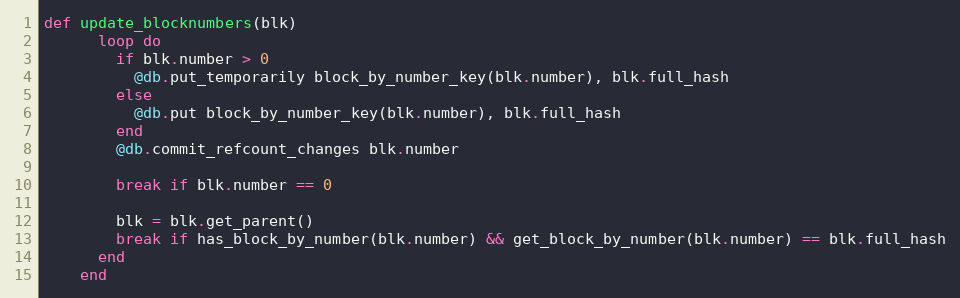
Language: Ruby
def update_blocknumbers(blk)
      loop do
        if blk.number > 0
          @db.put_temporarily block_by_number_key(blk.number), blk.full_hash
        else
          @db.put block_by_number_key(blk.number), blk.full_hash
        end
        @db.commit_refcount_changes blk.number

        break if blk.number == 0

        blk = blk.get_parent()
        break if has_block_by_number(blk.number) && get_block_by_number(blk.number) == blk.full_hash
      end
    end